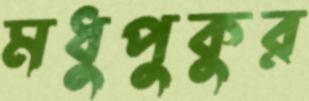
মধুপুকুর